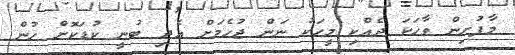
މާފުށިން ވާހަކަ ދެއްކި މީހަކު ނަން ޖުހެމަށް އެދި ބުނީ ކުޑަކޮށް ހުން